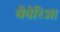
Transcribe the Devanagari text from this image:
बैवेरिआ